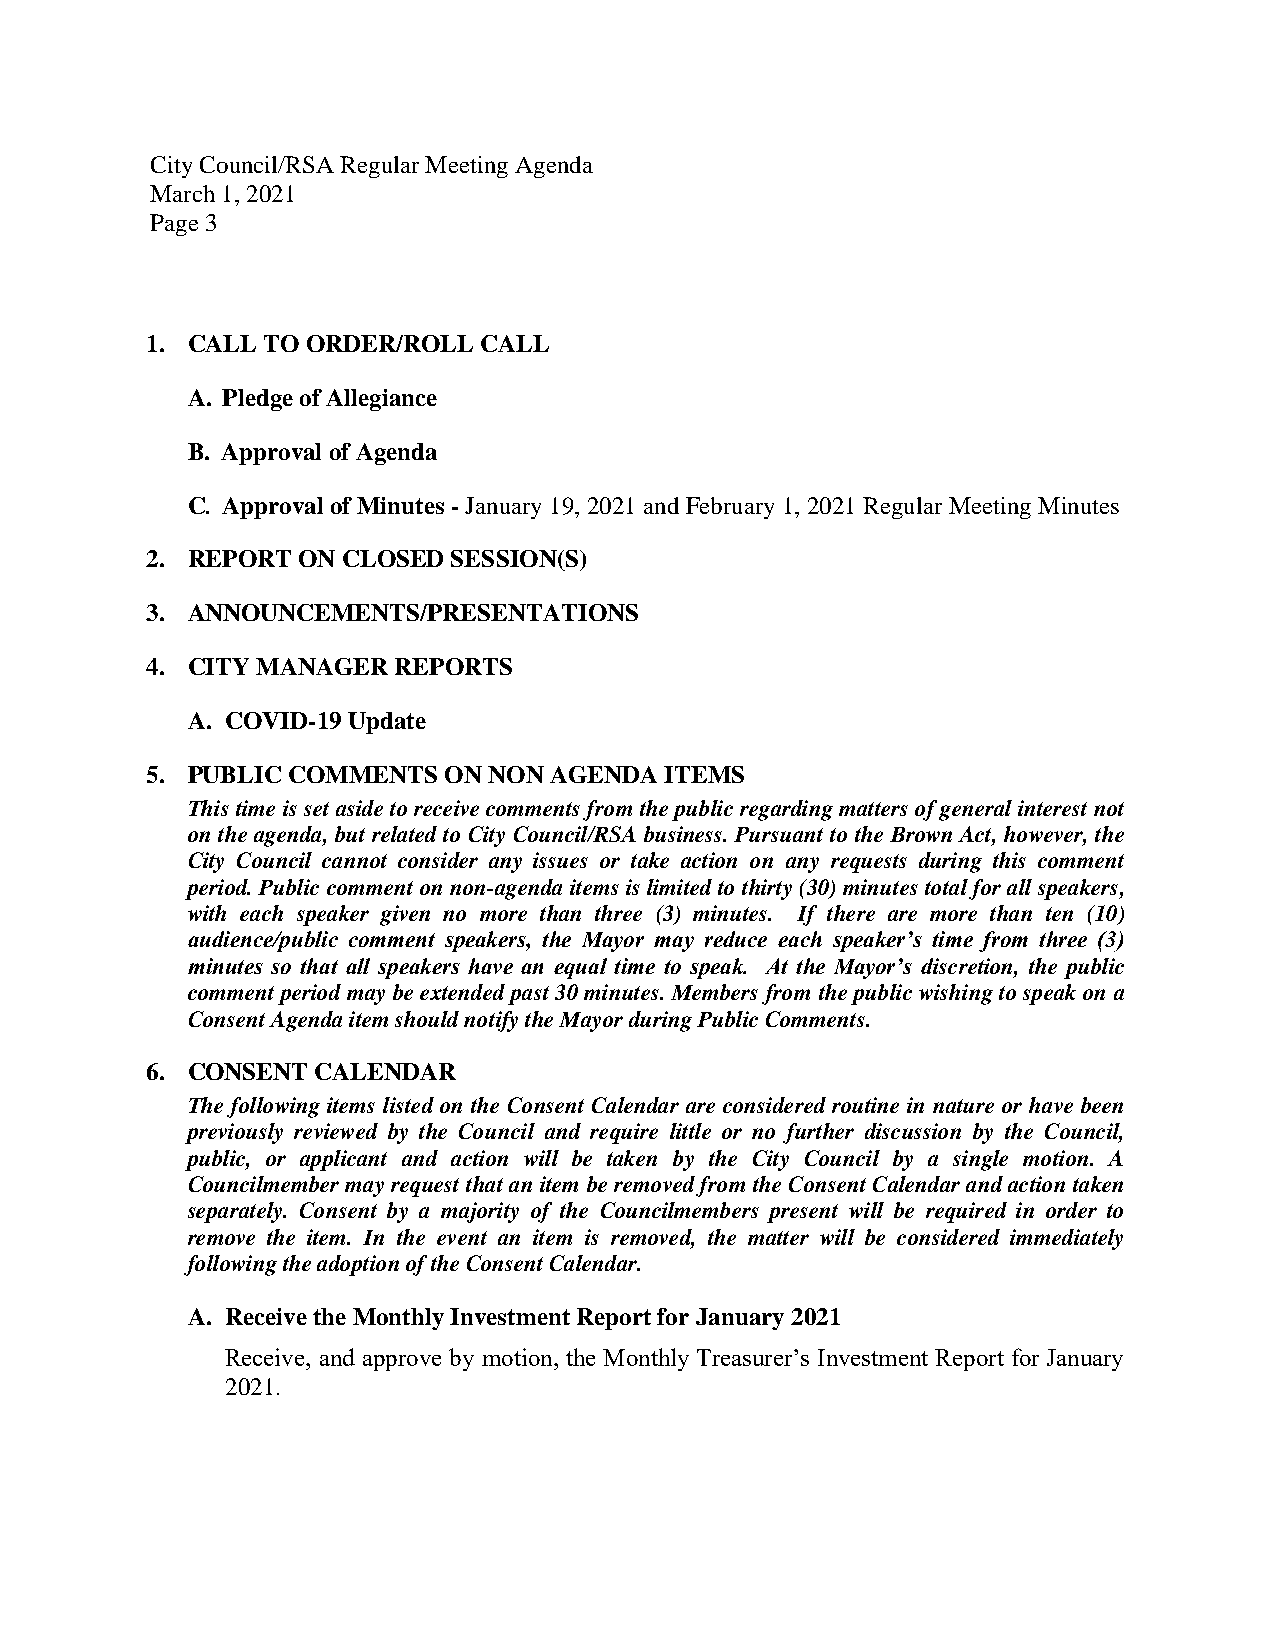
City Council/RSA Regular Meeting Agenda
 March 1, 2021
 Page 3
 1. CALL TO ORDER/ROLL CALL
 A. Pledge of Allegiance
 B. Approval of Agenda
 C. Approval of Minutes - January 19, 2021 and February 1, 2021 Regular Meeting Minutes
 2. REPORT ON CLOSED SESSION(S)
 3. ANNOUNCEMENTS/PRESENTATIONS
 4. CITY MANAGER REPORTS
 A. COVID-19 Update
 5. PUBLIC COMMENTS ON NON AGENDA  ITEMS
 This time is set aside to receive comments from the public regarding matters of general interest not
 on the agenda, but related to City Council/RSA business. Pursuant to the Brown Act, however, the
 City Council cannot consider any issues or take action on any requests during this comment
 period. Public comment on non-agenda items is limited to thirty (30) minutes total for all speakers,
 with each speaker given no more than three (3) minutes. If there are more than ten (10)
 audience/public comment speakers, the Mayor may reduce each speaker’s time from three (3)
 minutes so that all speakers have an equal time to speak. At the Mayor’s discretion, the public
 comment period may be extended past 30 minutes. Members from the public wishing to speak on a
 Consent Agenda item should notify the Mayor during Public Comments.
 6. CONSENT CALENDAR
 The following items listed on the Consent Calendar are considered routine in nature or have been
 previously reviewed by the Council and require little or no further discussion by the Council,
 public, or applicant and action will be taken by the City Council by a single motion. A
 Councilmember may request that an item be removed from the Consent Calendar and action taken
 separately. Consent by a majority of the Councilmembers present will be required in order to
 remove the item. In the event an item is removed, the matter will be considered immediately
 following the adoption of the Consent Calendar.
 A. Receive the Monthly Investment Report for January 2021
 Receive, and approve by motion, the Monthly Treasurer’s Investment Report for January
 2021.